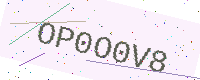
Text: OP0O0V8